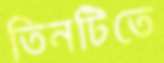
তিনটিতে